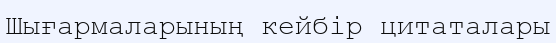
Шығармаларының кейбір цитаталары